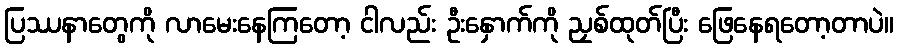
ပြဿနာတွေကို လာမေးနေကြတော့ ငါလည်း ဦးနှောက်ကို ညှစ်ထုတ်ပြီး ဖြေနေရတော့တာပဲ။